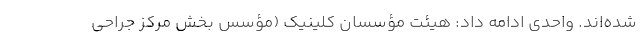
شده‌اند. واحدی ادامه داد: هیئت مؤسسان کلینیک (مؤسس بخش مرکز جراحی